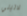
لاتيني